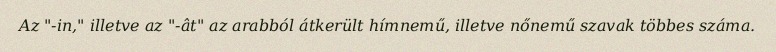
Az "-in," illetve az "-ât" az arabból átkerült hímnemű, illetve nőnemű szavak többes száma.